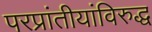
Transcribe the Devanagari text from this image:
परप्रांतीयांविरुद्ध